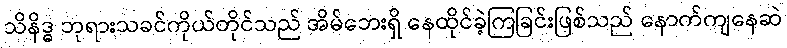
သိနိဒ္ဓ ဘုရားသခင်ကိုယ်တိုင်သည် အိမ်ဘေးရှိ နေထိုင်ခဲ့ကြခြင်းဖြစ်သည် နောက်ကျနေဆဲ